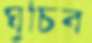
ঘুচিব